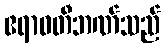
ဧရာဝတီဘဏ်သည်